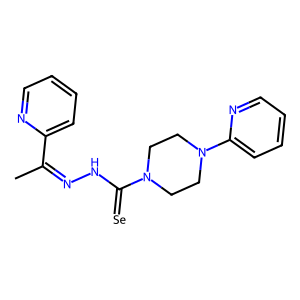
SMILES: CC(=NNC(=[Se])N1CCN(c2ccccn2)CC1)c1ccccn1
Inhibits HIV replication: No